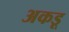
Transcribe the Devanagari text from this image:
अकडू